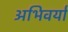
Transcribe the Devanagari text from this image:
अभिवर्या